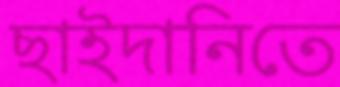
ছাইদানিতে